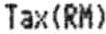
TAX(RM)